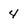
Character: 4